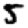
Digit: 5